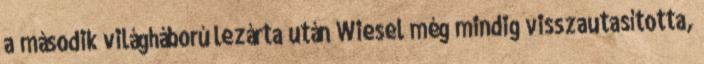
a második világháború lezárta után Wiesel még mindig visszautasította,